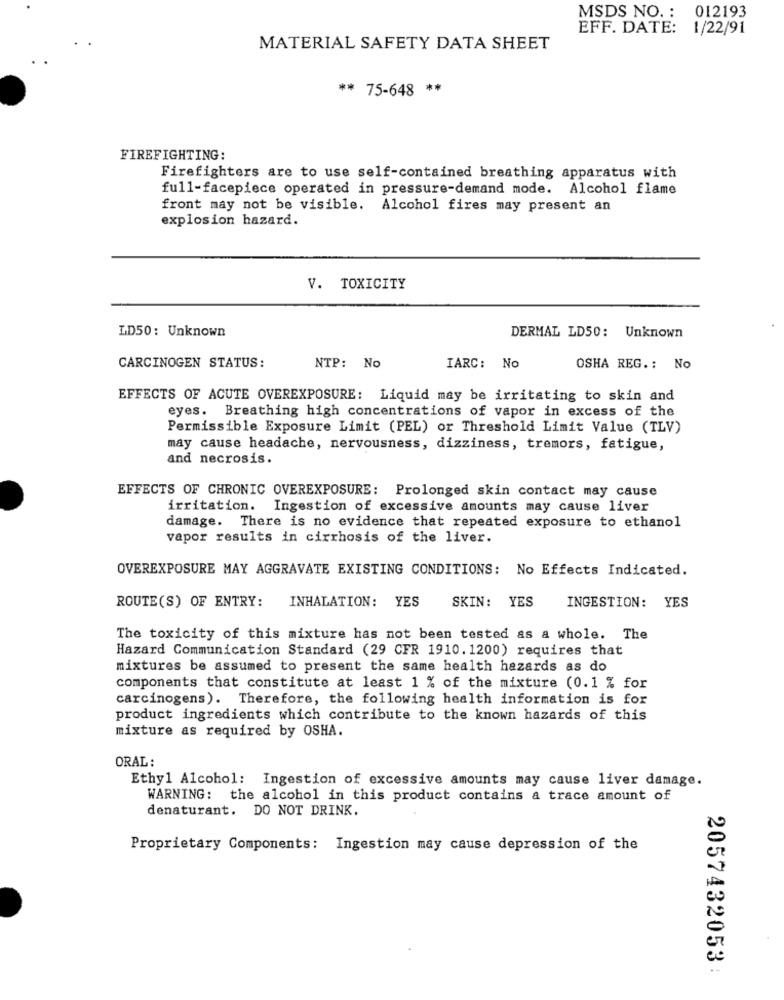
MSDS NO. : 012193
EFF. DATE: 1/22/91
MATERIAL SAFETY DATA SHEET
** 75-648 **
FIREFIGHTING:
Firefighters are to use self-contained breathing apparatus with
full-facepiece operated in pressure-demand mode. Alcohol flame
front may not be visible. Alcohol fires may present an
explosion hazard.
V. TOXICITY
LD50: Unknown
DERMAL LD50: Unknown
CARCINOGEN STATUS:
NTP: No
IARC: No
OSHA REG .: No
EFFECTS OF ACUTE OVEREXPOSURE: Liquid may be irritating to skin and
eyes. Breathing high concentrations of vapor in excess of the
Permissible Exposure Limit (PEL) or Threshold Limit Value (TLV)
may cause headache, nervousness, dizziness, tremors, fatigue,
and necrosis.
EFFECTS OF CHRONIC OVEREXPOSURE: Prolonged skin contact may cause
irritation.
Ingestion of excessive amounts may cause liver
damage. There is no evidence that repeated exposure to ethanol
vapor results in cirrhosis of the liver.
OVEREXPOSURE MAY AGGRAVATE EXISTING CONDITIONS: No Effects Indicated.
ROUTE(S) OF ENTRY:
INHALATION: YES
SKIN: YES
INGESTION: YES
The toxicity of this mixture has not been tested as a whole. The
Hazard Communication Standard (29 CFR 1910.1200) requires that
mixtures be assumed to present the same health hazards as do
components that constitute at least 1 % of the mixture (0.1 % for
carcinogens). Therefore, the following health information is for
product ingredients which contribute to the known hazards of this
mixture as required by OSHA.
ORAL :
Ethyl Alcohol: Ingestion of excessive amounts may cause liver damage.
WARNING: the alcohol in this product contains a trace amount of
denaturant. DO NOT DRINK.
Proprietary Components: Ingestion may cause depression of the
2057432053 :